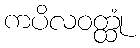
ကပိလဝတ္ထုံ